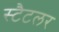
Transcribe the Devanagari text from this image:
स्टैटलर